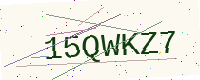
Text: 15QWKZ7